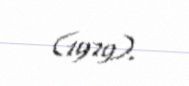
(1979).